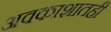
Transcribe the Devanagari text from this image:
अवकाशातही